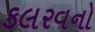
કલરવનો